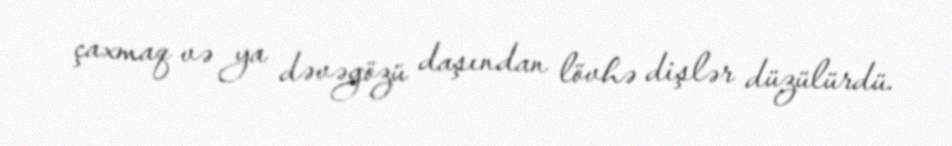
çaxmaq və ya dəvəgözü daşından lövhə dişlər düzülürdü.